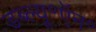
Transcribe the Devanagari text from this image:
डब्ल्यू॰ऍन॰